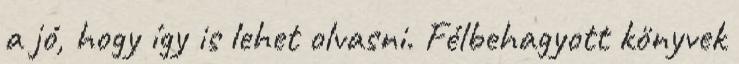
a jó, hogy így is lehet olvasni. Félbehagyott könyvek